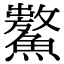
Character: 𩼡